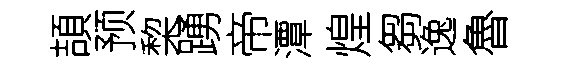
頡预棃踴帝潭煌芻逸魯